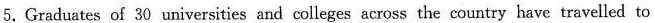
5.Graduates of 30 universities and colleges across the country have travelled to